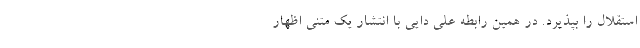
استقلال را بپذیرد. در همین رابطه علی دایی با انتشار یک متنی اظهار